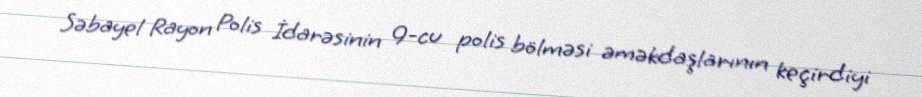
Səbayel Rayon Polis İdarəsinin 9-cu polis bölməsi əməkdaşlarının keçirdiyi